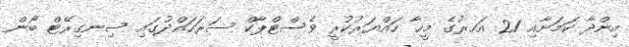
އިންދާ ކަމަށާއި 21 އަހރުގެ މީހާ ހައްޔަރުކުރީ ވެސްޓްޕާކް ސަރަހައްދުގައި ސިނގިރޭޓް ބޯން